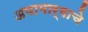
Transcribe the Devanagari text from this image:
अपामार्गाचे